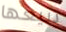
تبيعها